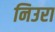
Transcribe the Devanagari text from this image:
निउरा